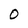
Character: 0